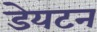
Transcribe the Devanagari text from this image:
डेयटन